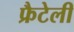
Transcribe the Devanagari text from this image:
फ्रैटेली